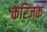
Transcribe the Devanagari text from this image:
करिजक